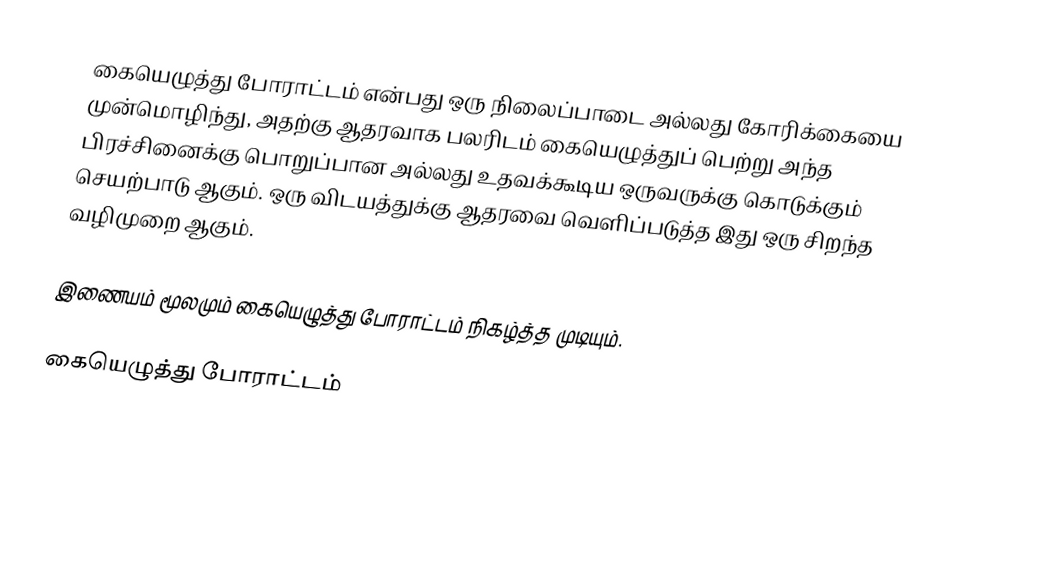
கையெழுத்து போராட்டம் என்பது ஒரு நிலைப்பாடை அல்லது கோரிக்கையை முன்மொழிந்து, அதற்கு ஆதரவாக பலரிடம் கையெழுத்துப் பெற்று அந்த பிரச்சினைக்கு பொறுப்பான அல்லது உதவக்கூடிய ஒருவருக்கு கொடுக்கும் செயற்பாடு ஆகும்.  ஒரு விடயத்துக்கு ஆதரவை வெளிப்படுத்த இது ஒரு சிறந்த வழிமுறை ஆகும்.

இணையம் மூலமும் கையெழுத்து போராட்டம் நிகழ்த்த முடியும்.

கையெழுத்து போராட்டம்